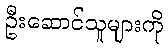
ဦးဆောင်သူများကို